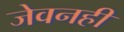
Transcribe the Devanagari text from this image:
जेवनही